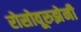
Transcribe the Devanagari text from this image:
रोसोवूरुझेनी